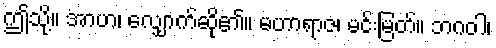
ဤသို့။ အာဟ၊ လျှောက်ဆို၏။ မဟာရာဇ၊ မင်းမြတ်။ ဘဂဝါ၊